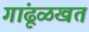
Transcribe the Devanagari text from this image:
गांढूळखत